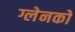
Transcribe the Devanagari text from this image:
ग्लेनको